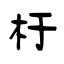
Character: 杅